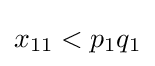
x_{11}<p_{1}q_{1}